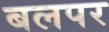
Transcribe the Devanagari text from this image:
बलपर